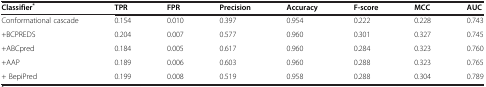
| Classifier* | TPR | FPR | Precision | Accuracy | F-score | MCC | AUC |
 | --- | --- | --- | --- | --- | --- | --- | --- |
 | Conformational cascade | 0.154 | 0.010 | 0.397 | 0.954 | 0.222 | 0.228 | 0.743 |
 | +BCPREDS | 0.204 | 0.007 | 0.577 | 0.960 | 0.301 | 0.327 | 0.745 |
 | +ABCpred | 0.184 | 0.005 | 0.617 | 0.960 | 0.284 | 0.323 | 0.760 |
 | +AAP | 0.189 | 0.006 | 0.603 | 0.960 | 0.288 | 0.323 | 0.765 |
 | + BepiPred | 0.199 | 0.008 | 0.519 | 0.958 | 0.288 | 0.304 | 0.789 |